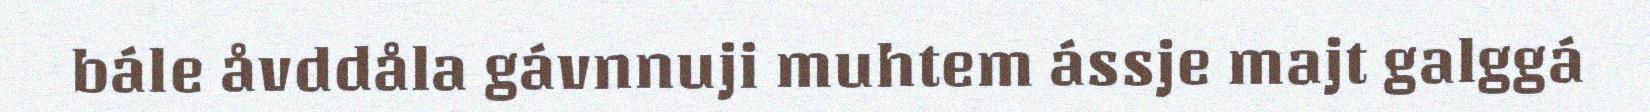
bále åvddåla gávnnuji muhtem ássje majt galggá